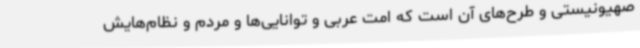
صهیونیستی و طرح‌های آن است که امت عربی و توانایی‌ها و مردم و نظام‌هایش